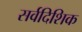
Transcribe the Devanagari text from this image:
सर्वदिशिक